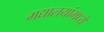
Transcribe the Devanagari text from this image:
मद्यालयांमध्ये